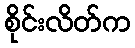
စိုင်းလိတ်က